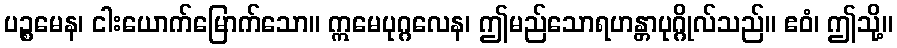
ပဉ္စမေန၊ ငါးယောက်မြောက်သော။ ဣမေပုဂ္ဂလေန၊ ဤမည်သောရဟန္တာပုဂ္ဂိုလ်သည်။ ဧဝံ၊ ဤသို့။